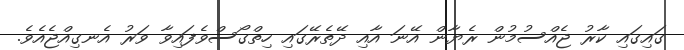
ގައިގައި ކާރު ޖެއްސުމުން ރެޔާން އޭނަ އާއި ދޭތެރޭގައި ހިތްގޯސްވެފައިވާ ވަރު އެނގިއްޖެއެވެ.